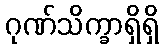
ဂုဏ်သိက္ခာရှိရှိ